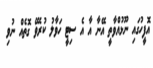
އޮފީހުގައި ނޫޅުއްވާތީ އޭނާ އާ އެ ސިޓީ ހަވާލު ކުރެވޭ ގޮތެއް ނުވި